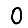
Digit: 0